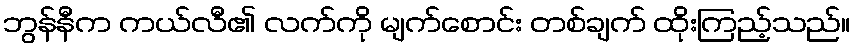
ဘွန်နီက ကယ်လီ၏ လက်ကို မျက်စောင်း တစ်ချက် ထိုးကြည့်သည်။